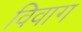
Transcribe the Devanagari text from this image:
विवाग